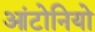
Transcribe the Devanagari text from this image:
आंटोनियो